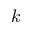
k